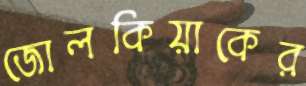
জোলকিয়াকের